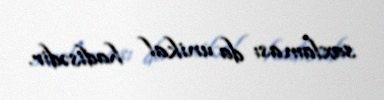
saxlaması da unikal hadisədir.